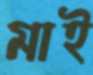
মাই